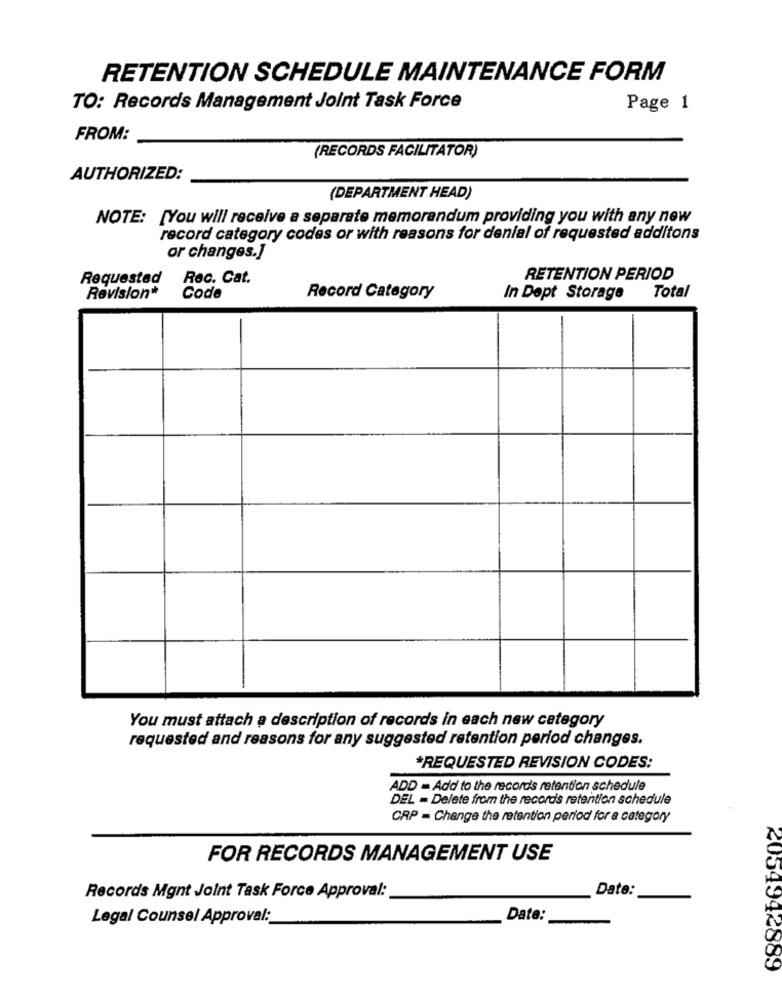
RETENTION SCHEDULE MAINTENANCE FORM
TO: Records Management Joint Task Force
Page 1
FROM:
(RECORDS FACILITATOR)
AUTHORIZED:
(DEPARTMENT HEAD)
NOTE: [You will receive a separate memorandum providing you with any new
record category codes or with reasons for denial of requested additons
or changes.]
Requested
Rec. Cat.
RETENTION PERIOD
Total
Revision*
Code
Record Category
In Dept Storage
You must attach a description of records in each new category
requested and reasons for any suggested retention period changes.
*REQUESTED REVISION CODES:
ADD - Add to the records retention schedule
DEL = Delete from the records retention schedule
CRP = Change the retention period for a category
FOR RECORDS MANAGEMENT USE
Date:
Records Mgnt Joint Task Force Approval:
Legal Counsel Approval:
Date:
2054942889